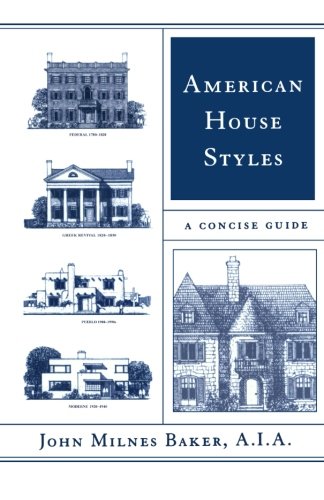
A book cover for American House Styles: A Concise Guide; John Milnes Baker; Arts & Photography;